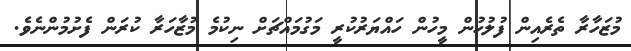
މުޒަހާރާ ތެރެއިން ފުލުހުން މީހުން ހައްޔަރުކުރީ މަގުމައްޗަށް ނިކުމެ މުޒާހަރާ ކުރަން ފެށުމުންނެވެ.